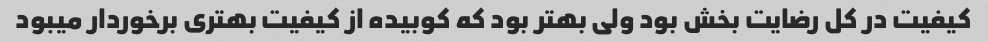
کیفیت در کل رضایت بخش بود ولی بهتر بود که کوبیده از کیفیت بهتری برخوردار میبود